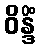
ဝိန္ဒိံ